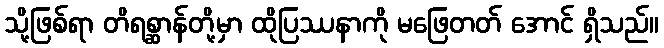
သို့ဖြစ်ရာ တိရစ္ဆာန်တို့မှာ ထိုပြဿနာကို မဖြေတတ် အောင် ရှိသည်။